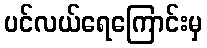
ပင်လယ်ရေကြောင်းမှ